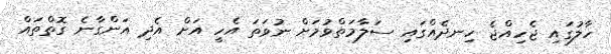
ހާލުގައި ޖެހިއްޖެ ހިނދެއްގައި ސަލާމަތްވުމަށް ނުވަތަ އެހީ އަށް އެދި އަންގާނެ ގޮތްތައް